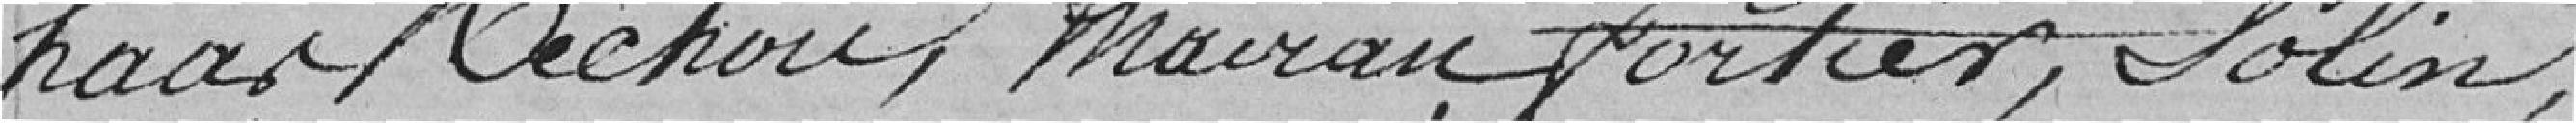
Haaz, .... Mairau, Fortier, Solin